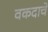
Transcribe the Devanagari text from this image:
वकदाचे